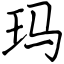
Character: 玛